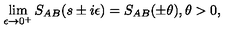
\lim _ { \epsilon \rightarrow 0 ^ { + } } S _ { A B } ( s \pm i \epsilon ) = S _ { A B } ( \pm \theta ) , \theta > 0 ,